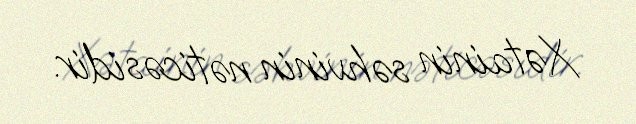
Xətainin səhvinin nəticəsidir.